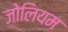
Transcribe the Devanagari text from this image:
जोलियम